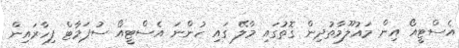
އެސްޓީއޯ އިން މައުލޫމާތުދިން ގޮތުގައި މާލޭ ގައި ހުންނަ އެސްޓީއޯ ސުޕަމާޓް ފިހާރައިން